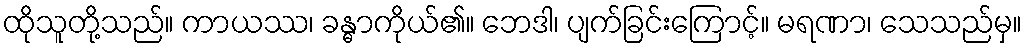
ထိုသူတို့သည်။ ကာယဿ၊ ခန္ဓာကိုယ်၏။ ဘေဒါ၊ ပျက်ခြင်းကြောင့်။ မရဏာ၊ သေသည်မှ။